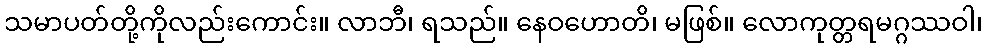
သမာပတ်တို့ကိုလည်းကောင်း။ လာဘီ၊ ရသည်။ နေဝဟောတိ၊ မဖြစ်။ လောကုတ္တရမဂ္ဂဿဝါ၊